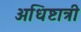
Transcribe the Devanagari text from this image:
अधिष्टात्री